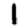
Digit: 1